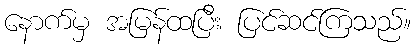
နောက်မှ အမြန်ထပြီး ပြင်ဆင်ကြသည်။